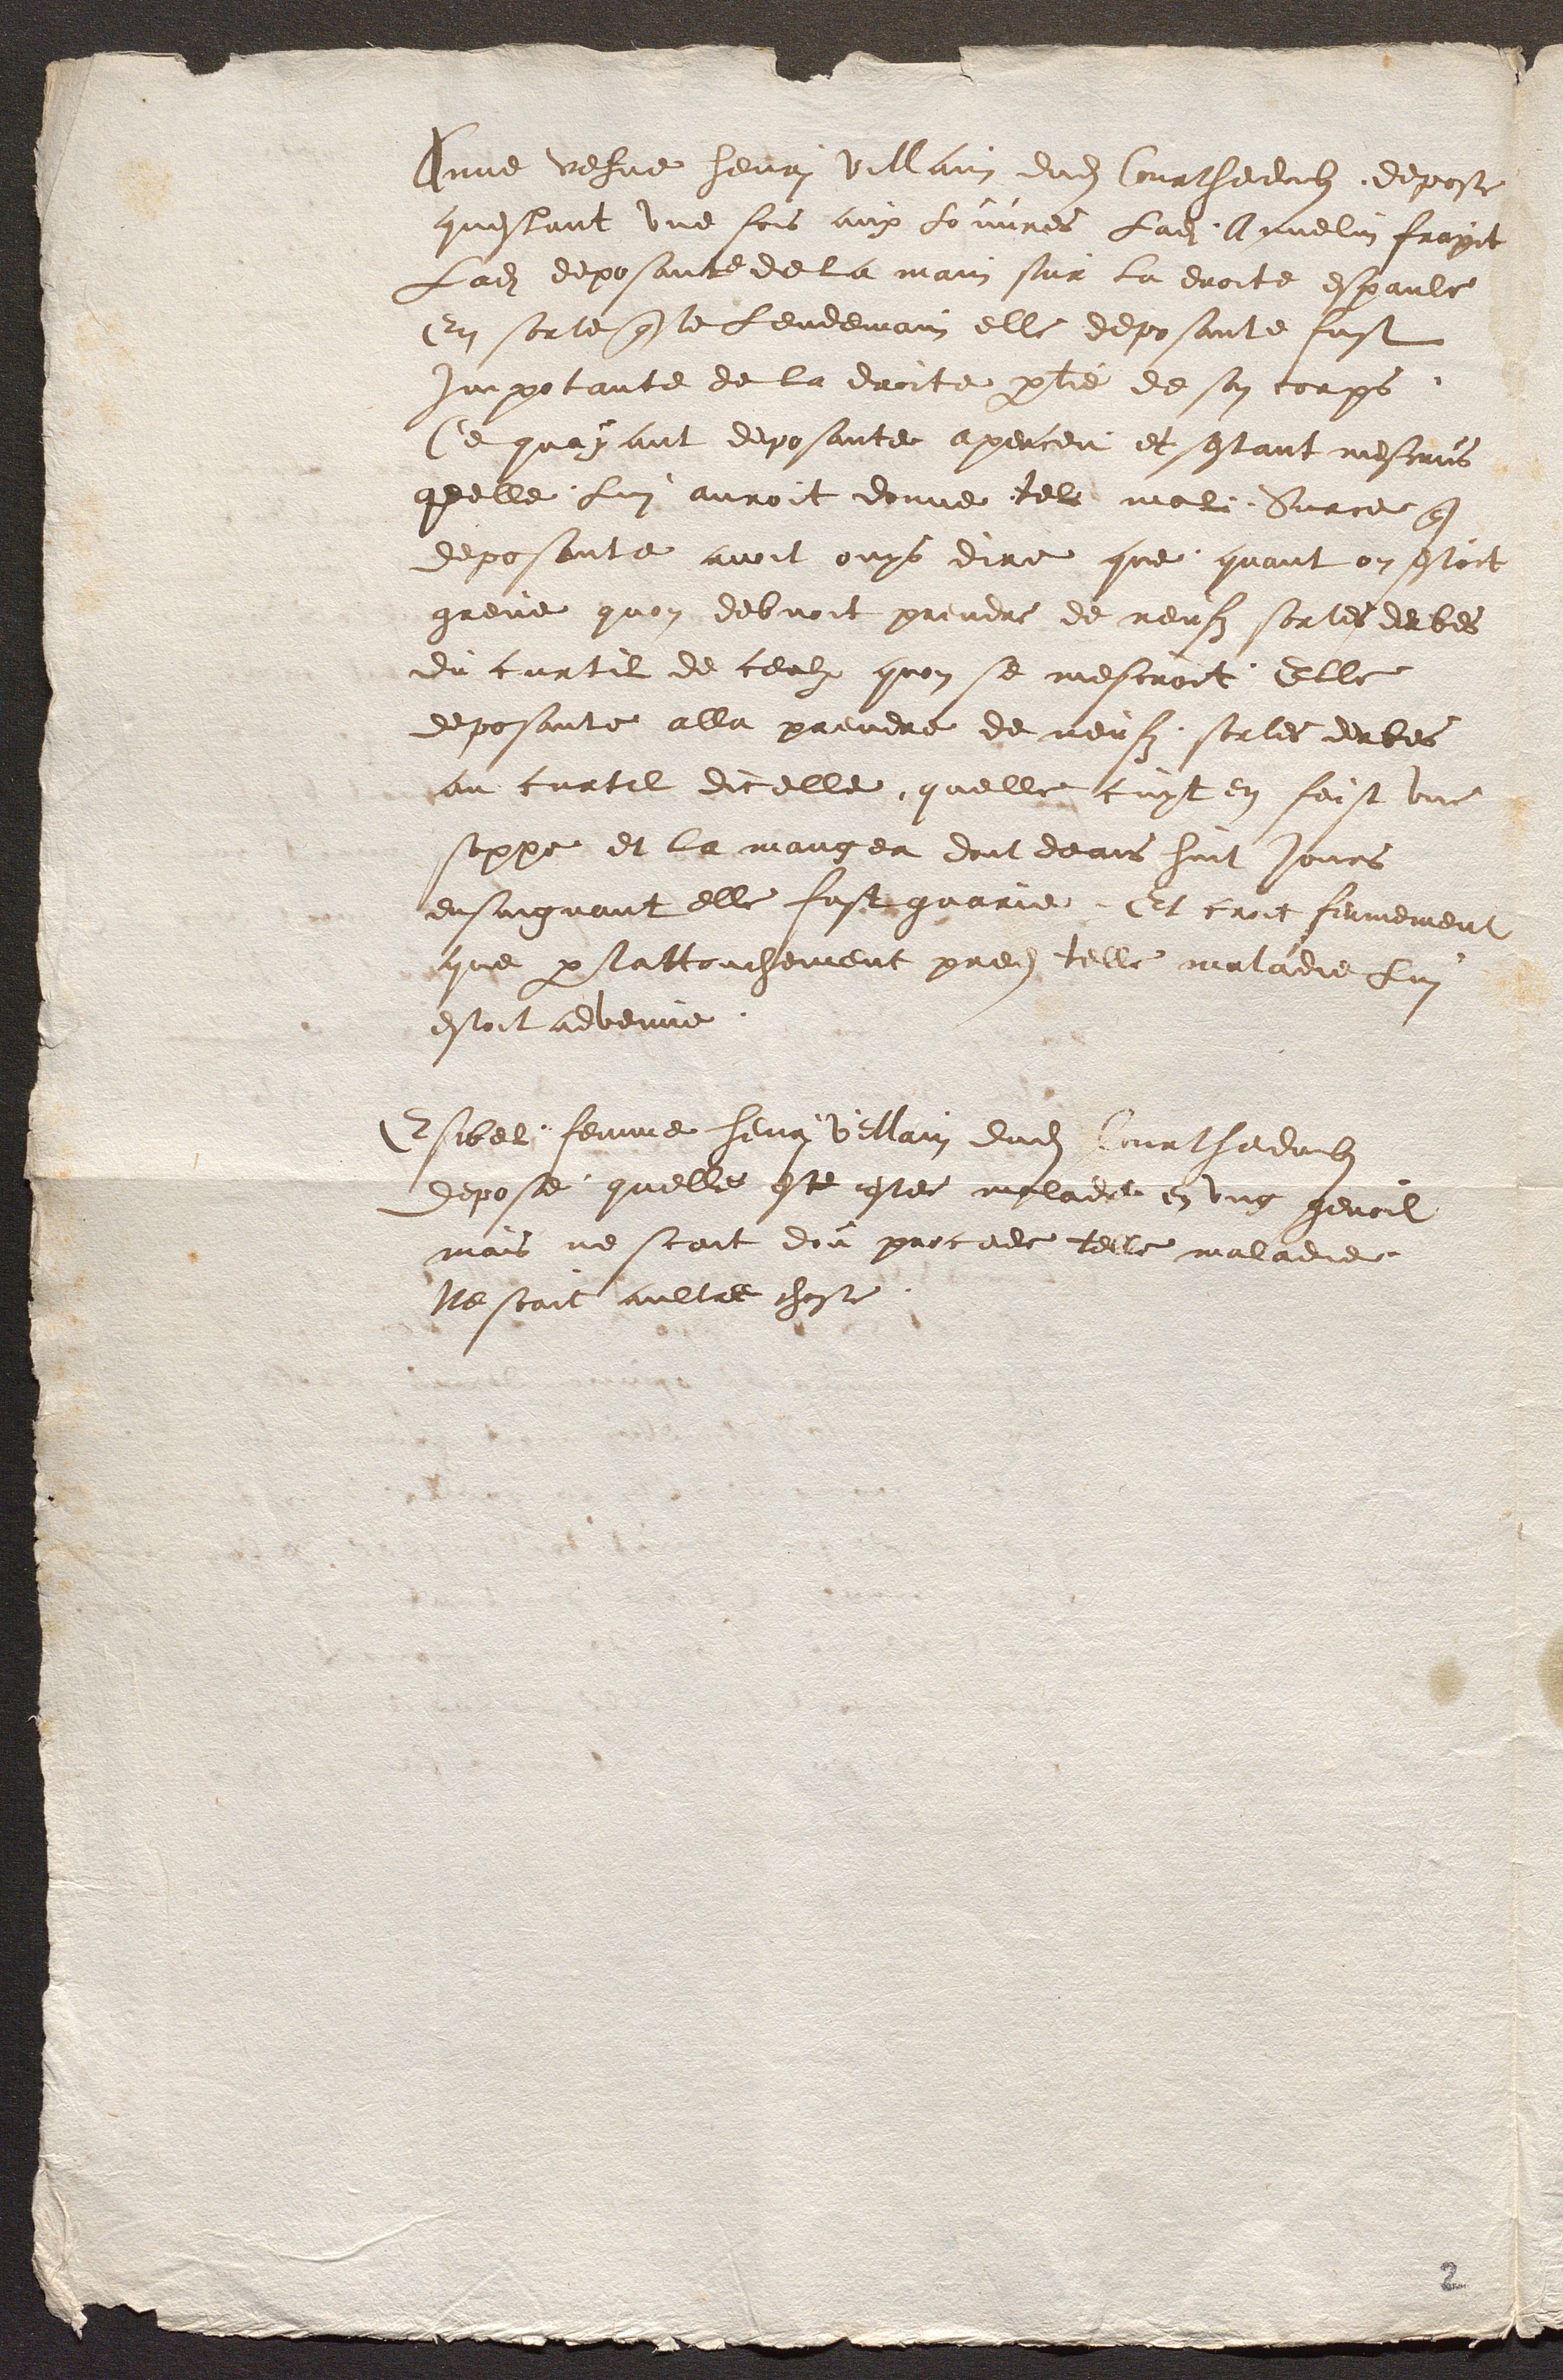
Anne vefve henri Villain dudit Courthedoubs, depose
questant une fois aux Louvres Ladite, Annelin frapit
Ladite deposante de la main sur la droite espaule
En sorte que le Lendemain elle deposante fust
Impotante de la droite partie de son corps.
Ce quayant deposante aperceu et sestant mescrus
quelle Lui auroit donne tel mal. Surce que
deposante avoit ouys dire que quant on estoit
greve quon debvoit prendre de neufz sortes derbes
du curtil de ceulx quon se mescroit. Elle
deposante alla prendre de neufz sortes derbes
au curtil dicelle, quelle cuyt en faist une
soppe et la mangea dont deans huit Jours
ensuiguant elle fust guarie. Et croit fermement
que parlattouchement predit telle maladie Lui
estoit advenue.
Esibel, femme henry Vellain dudit Courthedoubs
depose quelle este ester malade en ung genoil
mais ne scait dou procede telle maladie.
Ne scait aultre chose.